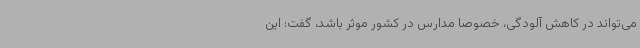
می‌تواند در کاهش آلودگی، خصوصا مدارس در کشور موثر باشد، گفت: این